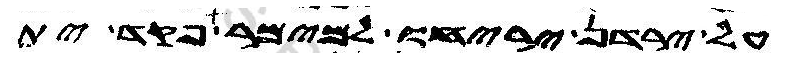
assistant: על ירדן יריחו למימר פקד ית